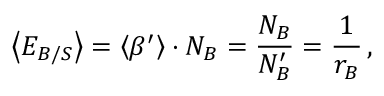
\quad \: \left< E _ { B / S } \right> = \left< \beta ^ { \prime } \right> \cdot N _ { B } = \frac { N _ { B } } { N _ { B } ^ { \prime } } = \frac { 1 } { r _ { B } } \, ,